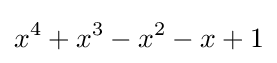
x^{4}+x^{3}-x^{2}-x+1